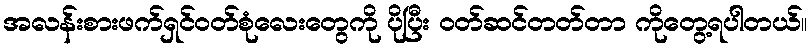
အလန်းစားဖက်ရှင်ဝတ်စုံလေးတွေကို ပိုပြီး ဝတ်ဆင်တတ်တာ ကိုတွေ့ရပါတယ်။